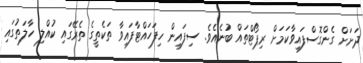
ދަށަށް ގެންގޮސްފައިވާކަމަށް ރިޕޯޓްތައް ބުނެއެވެ. ސިފައިން ހިފަހައްޓާފައިވާ ތަކެތީގެ ތެރޭގައި ކުއްލި ހާލަތުގައި